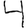
Digit: 4